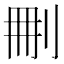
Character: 𠜂